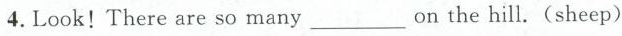
4.Look!There are so many___on the hill.(sheep)